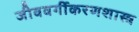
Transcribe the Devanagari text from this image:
जीववर्गीकरणशास्त्र